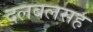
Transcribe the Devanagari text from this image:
दलबलसह